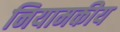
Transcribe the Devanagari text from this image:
नियामकीय